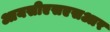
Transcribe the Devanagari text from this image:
आयसीएसएसआर